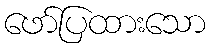
ဖော်ပြထားသော